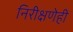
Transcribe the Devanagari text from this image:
निरीक्षणेही